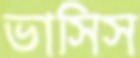
ভাসিস